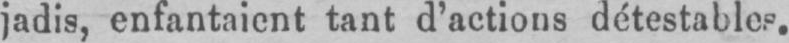
jadis, enfantaient tant d’actions détestables.